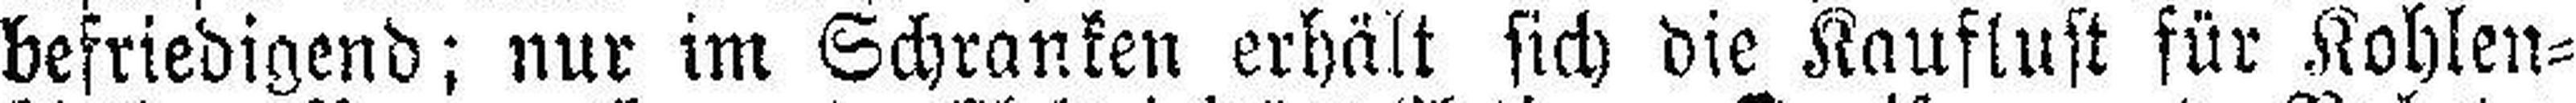
befriedigend; nur im Schranken erhält sich die Kauflust für Kohlen=